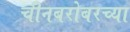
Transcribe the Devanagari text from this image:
चीनबरोबरच्या